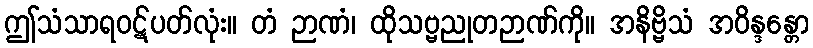
ဤသံသာရဝဋ်ပတ်လုံး။ တံ ဉာဏံ၊ ထိုသဗ္ဗညုတဉာဏ်ကို။ အနိဗ္ဗိသံ အဝိန္ဒန္တော